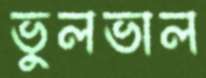
ভুলভাল